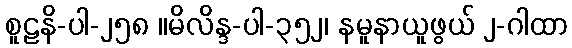
စူဠနိ-ပါ-၂၅၈ ။မိလိန္ဒ-ပါ-၃၅၂၊ နမူနာယူဖွယ် ၂-ဂါထာ